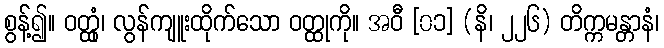
စွန့်၍။ ဝတ္ထုံ၊ လွန်ကျူးထိုက်သော ဝတ္ထုကို။ အဝီ [၀၁] (နိ၊ ၂၂၆) တိက္ကမန္တာနံ၊